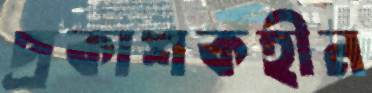
প্রকাশকহীন